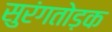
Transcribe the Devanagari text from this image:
सुरंगतोड़क